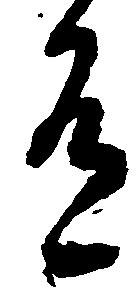
有